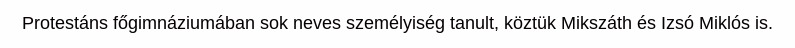
Protestáns főgimnáziumában sok neves személyiség tanult, köztük Mikszáth és Izsó Miklós is.